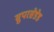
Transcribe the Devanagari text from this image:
सुपरसेडेड